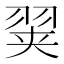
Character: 𰭢